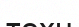
техн